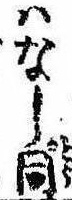
はなし同